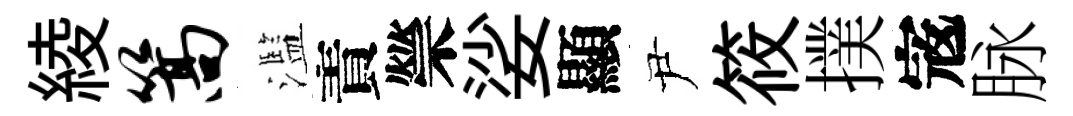
綾篙濫責禜娑顯尹筱撲𡨥脉